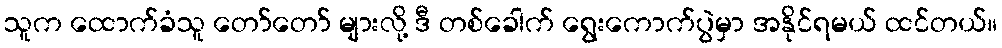
သူက ထောက်ခံသူ တော်တော် များလို့ ဒီ တစ်ခေါက် ရွေးကောက်ပွဲမှာ အနိုင်ရမယ် ထင်တယ်။